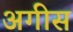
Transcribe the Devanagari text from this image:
अगीस